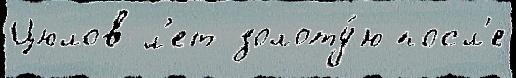
Цюлов л'ет золоту́ю посл'е